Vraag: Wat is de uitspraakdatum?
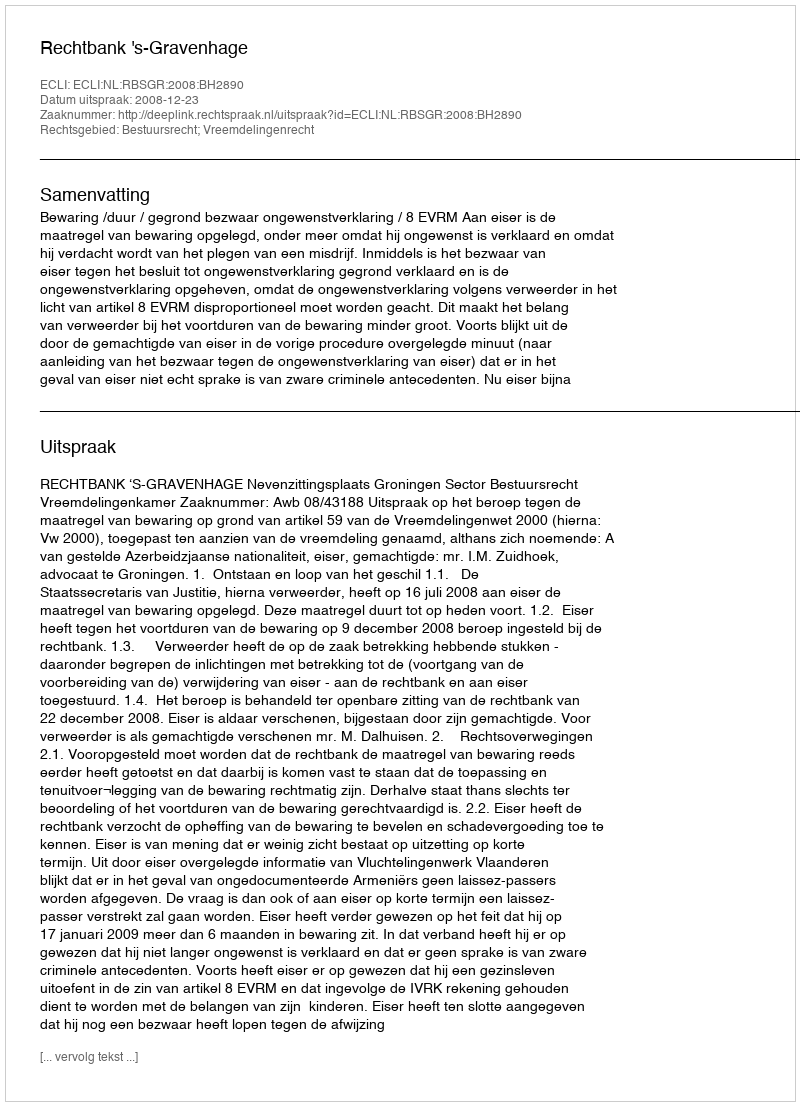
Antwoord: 2008-12-23